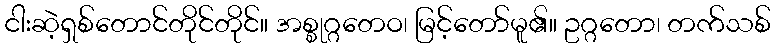
ငါးဆဲ့ရှစ်တောင်တိုင်တိုင်။ အစ္စုဂ္ဂတေဝ၊ မြင့်တော်မူ၏။ ဥဂ္ဂတော၊ တက်သစ်